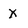
Character: X